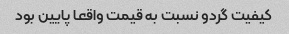
کیفیت گردو نسبت به قیمت واقعا پایین بود